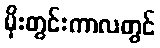
မိုးတွင်းကာလတွင်